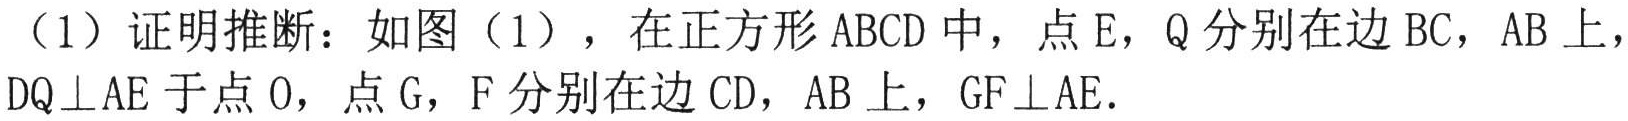
（1）证明推断：如图（1），在正方形\(ABCD\)中，点\(E\)，\(Q\)分别在边\(BC\)，\(AB\)上，\(DQ\perp AE\)于点\(O\)，点\(G\)，\(F\)分别在边\(CD\)，\(AB\)上，\(GF\perp AE\)．